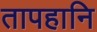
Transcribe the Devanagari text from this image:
तापहानि